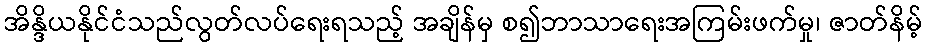
အိန္ဒိယနိုင်ငံသည်လွတ်လပ်ရေးရသည့် အချိန်မှ စ၍ဘာသာရေးအကြမ်းဖက်မှု၊ ဇာတ်နိမ့်